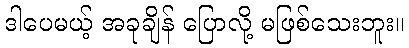
ဒါပေမယ့် အခုချိန် ပြောလို့ မဖြစ်သေးဘူး။